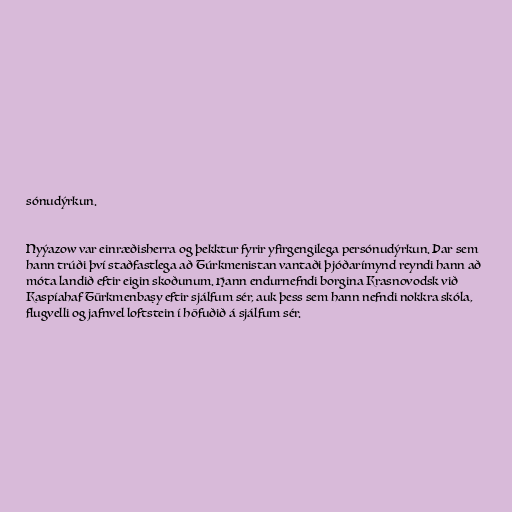
sónudýrkun.

Nyýazow var einræðisherra og þekktur fyrir yfirgengilega persónudýrkun. Þar sem
hann trúði því staðfastlega að Túrkmenistan vantaði þjóðarímynd reyndi hann að
móta landið eftir eigin skoðunum. Hann endurnefndi borgina Krasnovodsk við
Kaspíahaf Türkmenbaşy eftir sjálfum sér, auk þess sem hann nefndi nokkra skóla,
flugvelli og jafnvel loftstein í höfuðið á sjálfum sér.